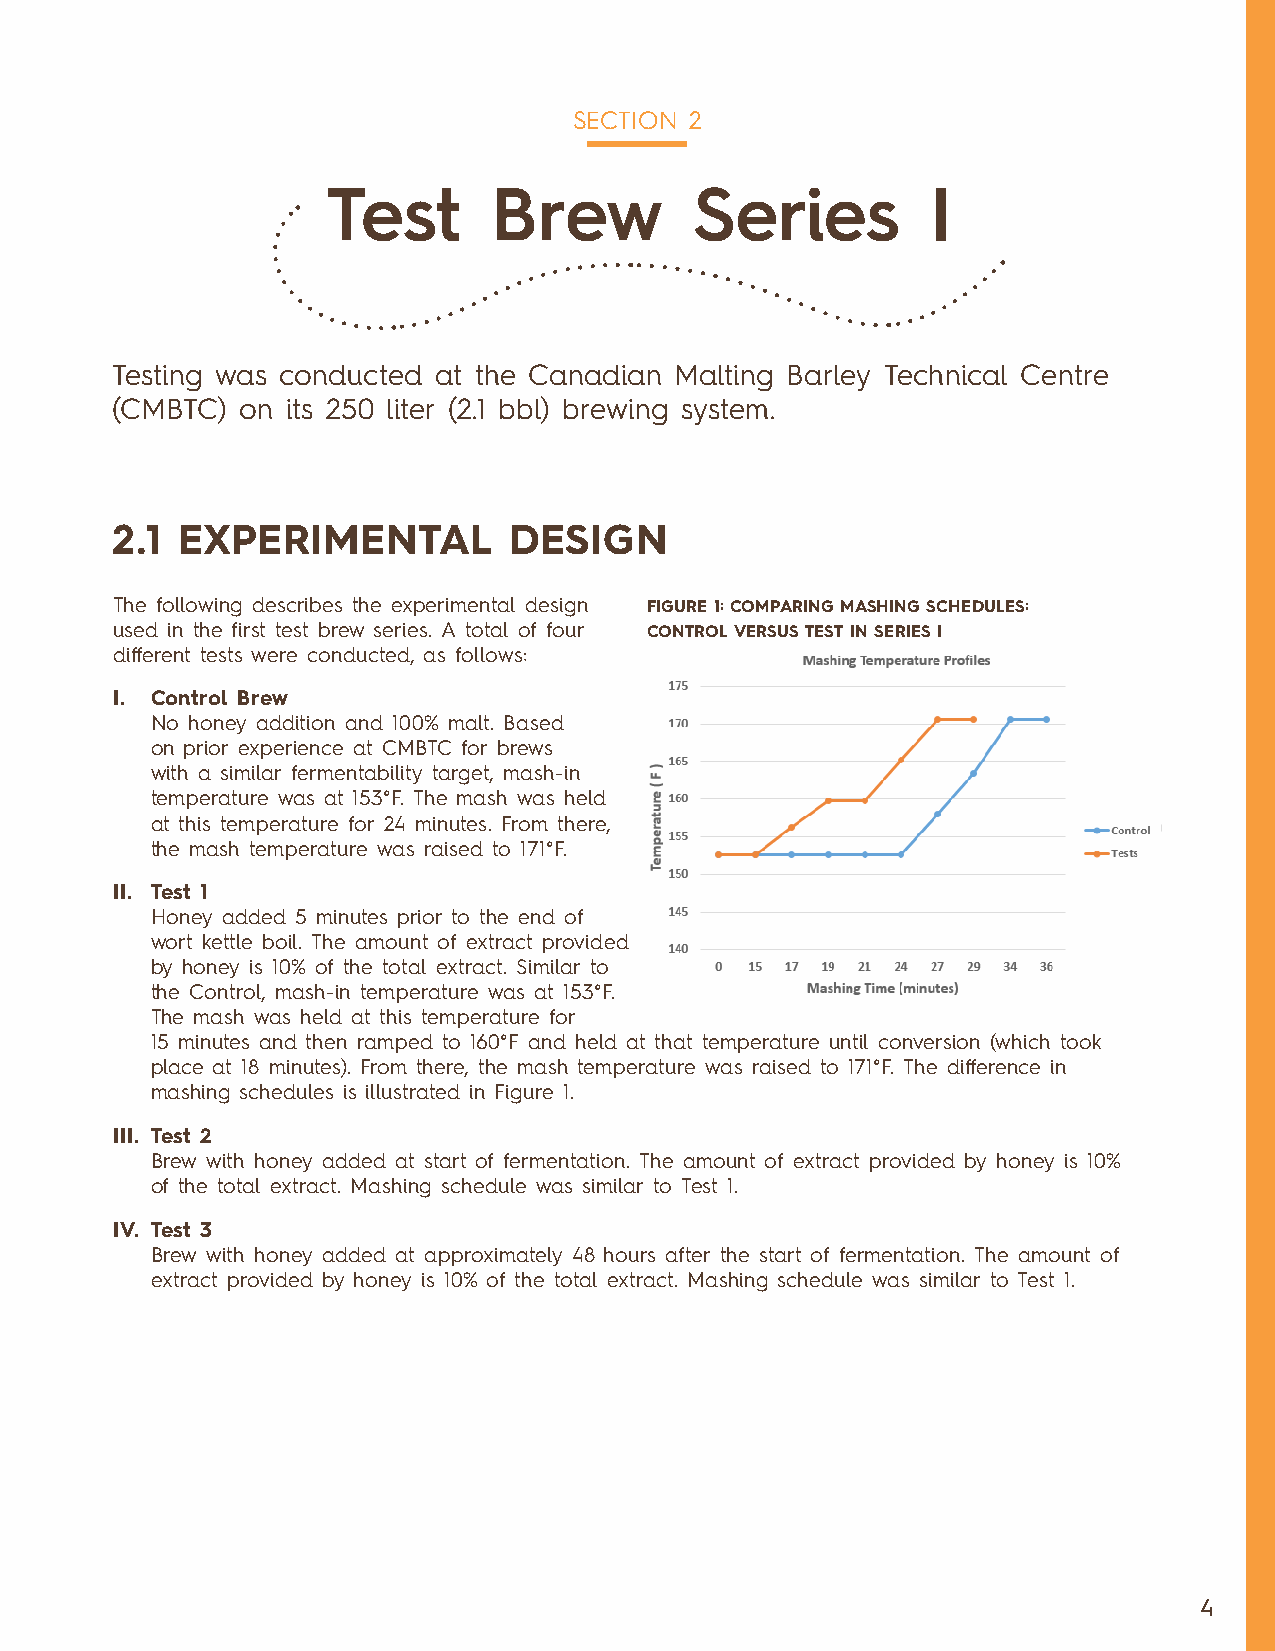
SECTION 2
 Test       Brew         Series          I
 Testing was conducted at the Canadian Malting Barley Technical Centre
 (CMBTC)  on its 250 liter (2.1 bbl) brewing system.
 2.1  EXPERIMENTAL          DESIGN
 The following describes the experimental design FIGURE 1: COMPARING MASHING SCHEDULES:
 used in the first test brew series. A total of four CONTROL VERSUS TEST IN SERIES I
 different tests were conducted, as follows:
 I. Control Brew
 No honey addition and 100% malt. Based
 on prior experience at CMBTC for brews
 with a similar fermentability target, mash-in
 temperature was at 153°F. The mash was held
 at this temperature for 24 minutes. From there,
 the mash temperature was raised to 171°F.
 II. Test 1
 Honey added 5 minutes prior to the end of
 wort kettle boil. The amount of extract provided
 by honey is 10% of the total extract. Similar to
 the Control, mash-in temperature was at 153°F.
 The mash was held at this temperature for
 15 minutes and then ramped to 160°F and held at that temperature until conversion (which took
 place at 18 minutes). From there, the mash temperature was raised to 171°F. The difference in
 mashing schedules is illustrated in Figure 1.
 III. Test 2
 Brew with honey added at start of fermentation. The amount of extract provided by honey is 10%
 of the total extract. Mashing schedule was similar to Test 1.
 IV. Test 3
 Brew with honey added at approximately 48 hours after the start of fermentation. The amount of
 extract provided by honey is 10% of the total extract. Mashing schedule was similar to Test 1.
 4